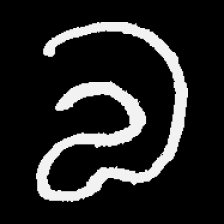
Pyu character \u2014 Myanmar letter: လ (romanized: la)